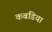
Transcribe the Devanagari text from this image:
कबडिया